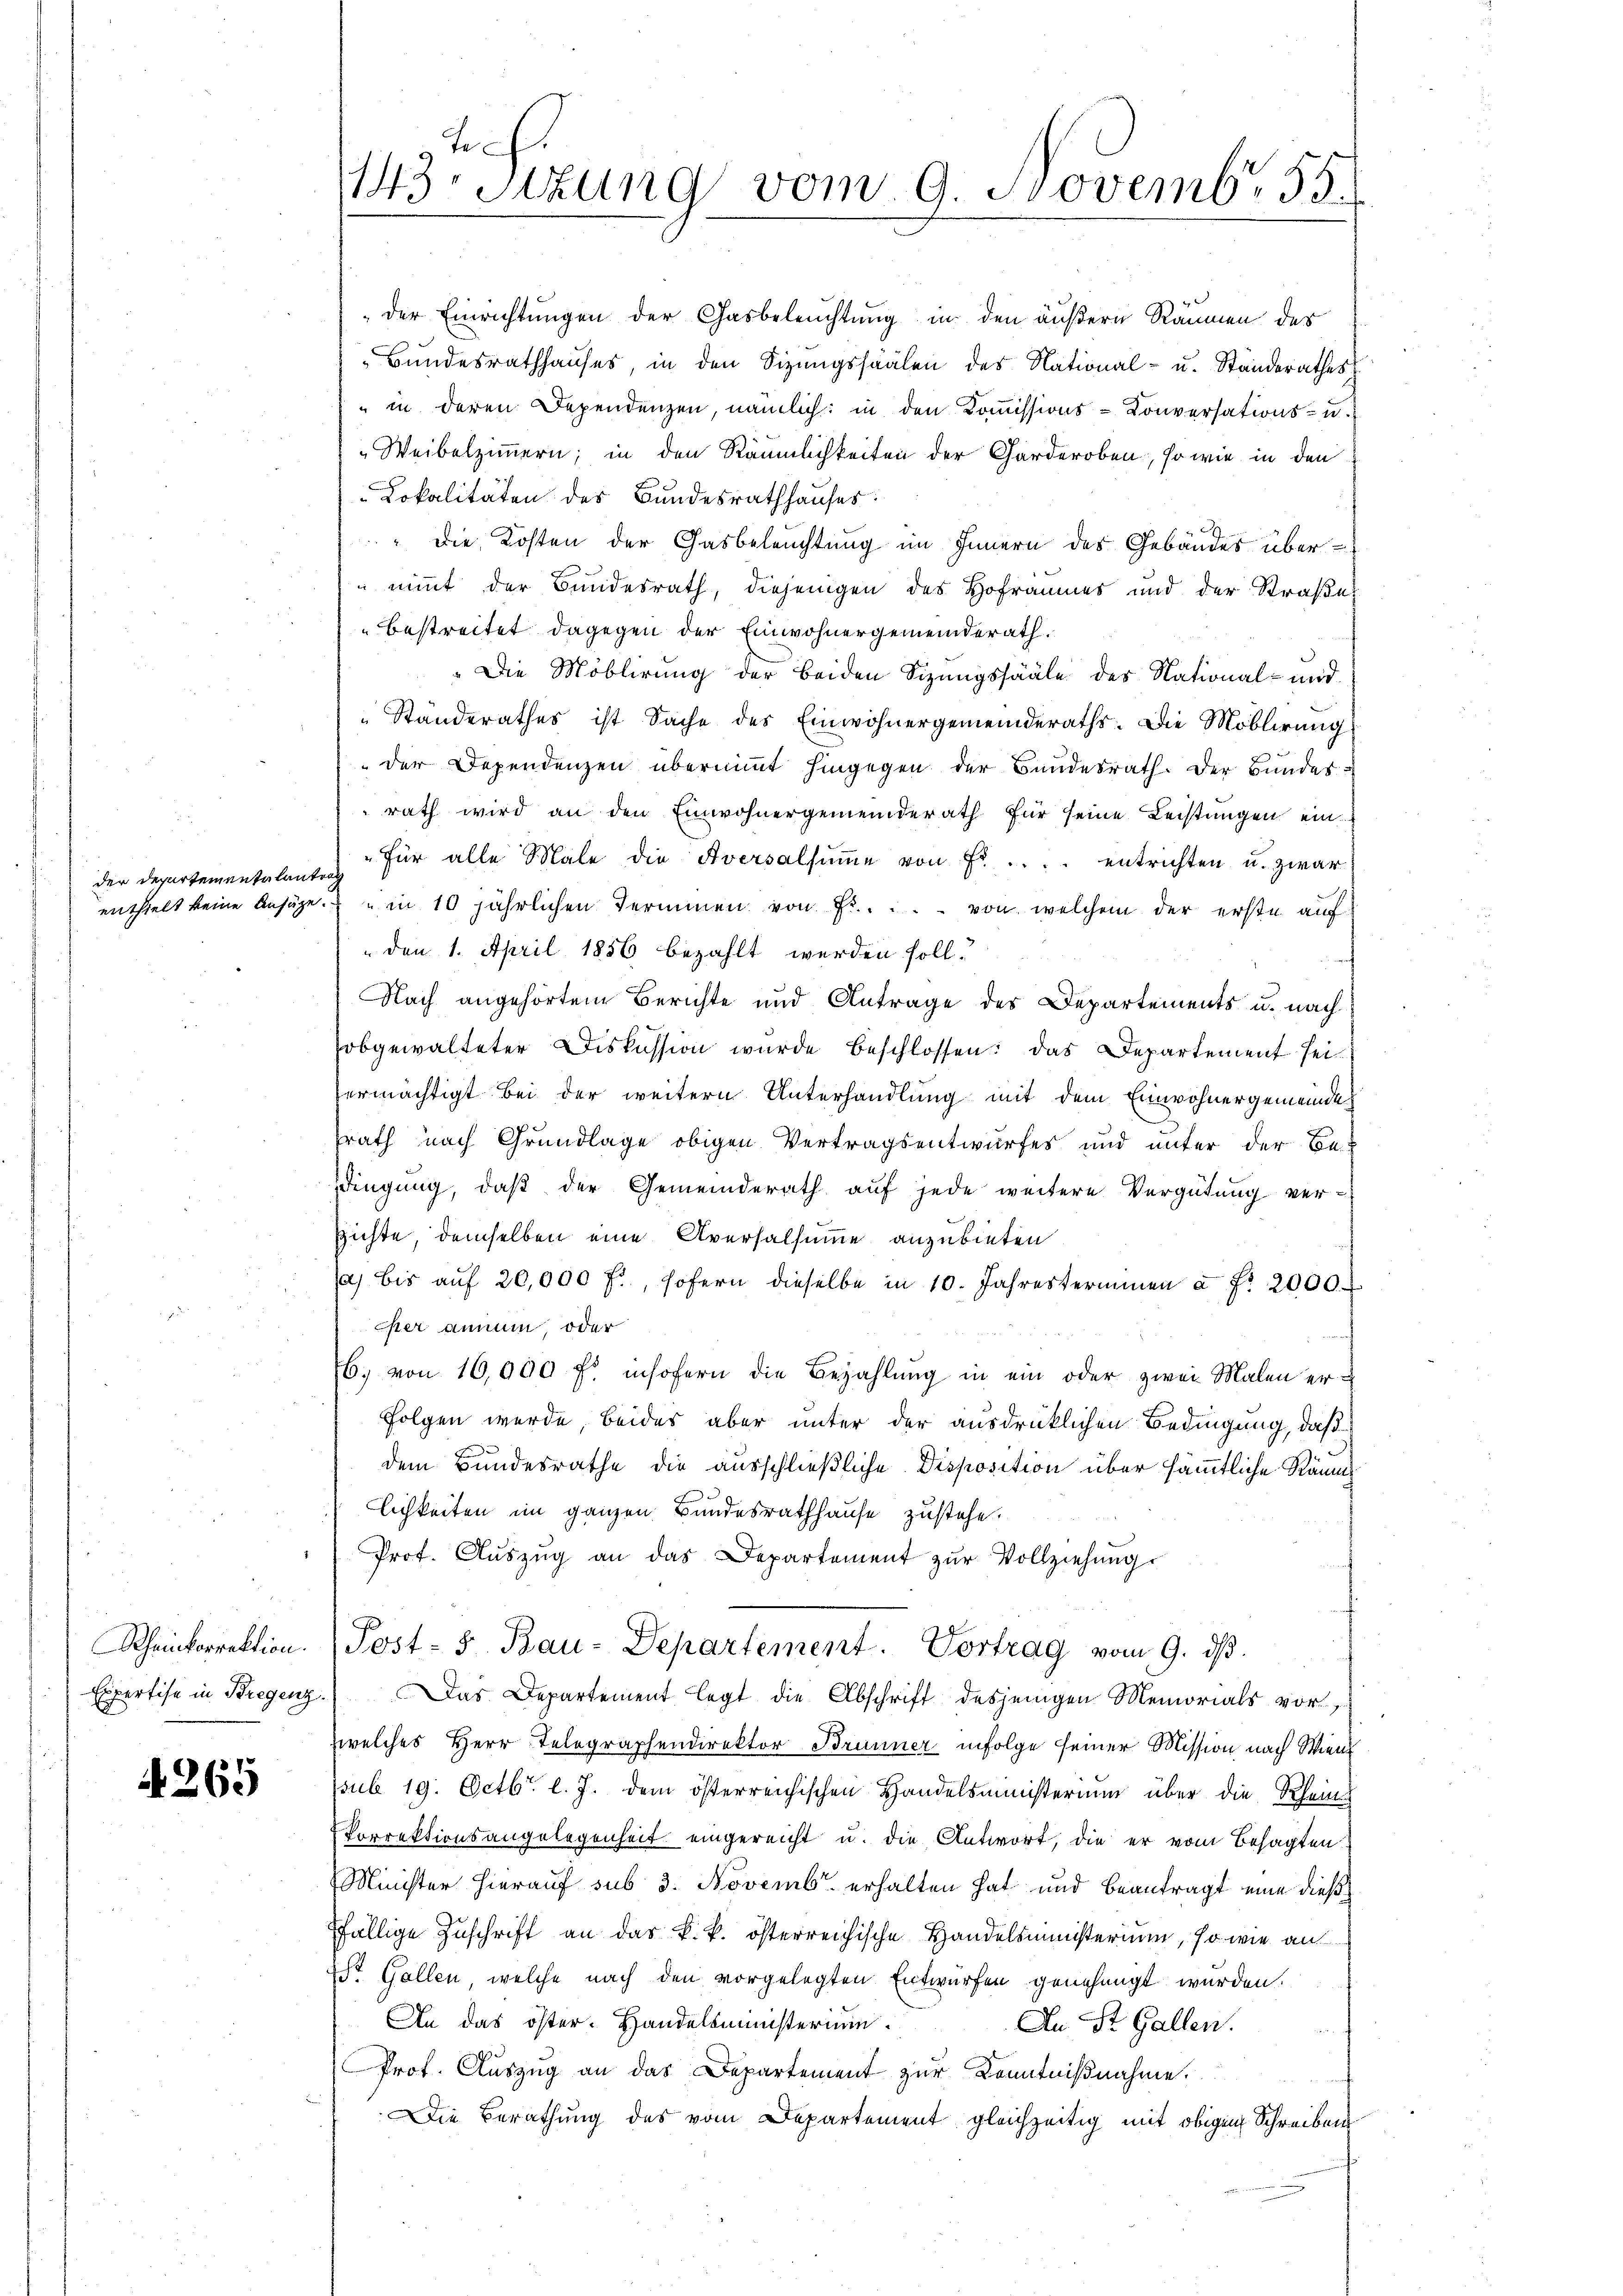
der Departementalantrag

Rheinkorrektion.

4265

ch.
143 sizung vom 9. Novemb. 55.

„der Einrichtungen der Gasbeleuchtung in den äußern Räumen des
„Bundesrathhauses, in den Sizungssaalen des National- u. Ständerathes
" in deren Dependenzen, nämlich: in den Kommissions-Conversations- u.
Weibelzimmern; in den Räumlichkeiten der Garderoben, so wie in den
Lokalitäten des Bundesrathhauses:
" die Kosten der Gasbeleuchtung im Innern des Gebäudes über¬
 nimmt der Bundesrath, diejenigen des Hofraumes und der Straße
bestreitet dagegen der Einwohnergemeinderath.
"Die Möblirung der beiden Sitzungssääle des National- und
Ständerathes ist Sache des Einwohnergemeinderaths. Die Moblirung
der Dependenzen überniṁt hingegen der Bundesrath. Der Bŭndes-
rath wird an den Einwohnergemeinderath für seine Leistungen ein
"Für alle Male die Aversalsŭṁe von fr. .. .. entrichten u. zwar
enthielt keine Ansäge. "in 10 jährlichen Terminen von fr. .. . von welchem der erste auf
" den 1. April 1856 bezahlt werden soll.
Nach angehörtem Berichte und Antrage des Departements u. nach
obgewalteter Diskussion wurde beschlossen: das Departement seiermächtigt bei der weitern Unterhandlung mit dem Einwohnergemeindes
srath nach Grundlage obigen Vertragsentwurfes und unter der Be-
dingung, daß der Gemeinderath auf jede weitere Vergütung versichte, demselben eine Aversalsumme anzubieten
/a bis auf 20,000 fl., sofern dieselbe in 10. Jahresterminen a. f. 2000.
cher annum, oder
6. von 16,000 f: insofern die Bezahlung in ein oder zwei Malen er-
Folgen werde, beides aber unter der ausdrücklichen Bedingung, daß
dem Bundesrathe die ausschließliche Disposition über sämmtliche Räum
lichkeiten im ganzen Bundesrathhause zustehe.
Prof. Aŭszŭg an das Departement zŭr Vollziehŭng.
Post- 5. Bau-Departement. Vortrag vom 9. dβ.
 Expertise in Bregenz. Das Departement legt die Abschrift desjenigen Memorials vor,
zwelches Herr Telegraphendirektor Brunner infolge seiner Mission nach Wien
sub 19. Octbr. l. J. dem österreichischen Handelsministerium über die Rhein
Porrektionsangelegenheit eingereicht u. die Antwort, die er vom Besagten
Minister hierauf sub 3. Novemb. erhalten hat und beantragt eine dießfällige Zuschrift an das k. k. österreichische Handelsministerium, so wie au
St. Gallen, welche nach den vorgelegten Entwürfen genehmigt wurden.
An das öster. Handelsministerium.
An St. Gallen.
Prof. Auszug an das Departement zur Kenntnißnahme.
Die Berathung des vom Departement gleichzeitig mit obigen Schreiben